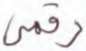
رقمي